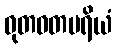
ဓုတဝတမရိယံ